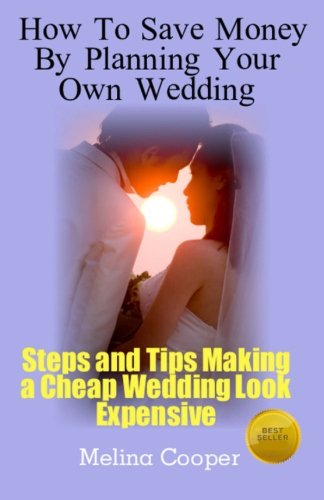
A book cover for How to Save Money by Planning Your Own Wedding: Steps and Tips Making a Cheap Wedding Look Expensive!; Melina Cooper; Crafts, Hobbies & Home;